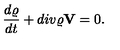
\frac { d \varrho } { d t } + d i v \varrho { \bf V } = 0 .